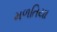
મળતિયા